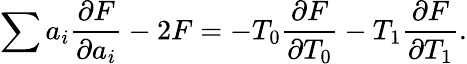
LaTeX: \sum a_{i}\frac{\partial F}{\partial a_{i}}-2F=-T_{0}\frac{\partial F}{\partial T_{0}}-T_{1}\frac{\partial F}{\partial T_{1}}.